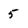
Character: 5